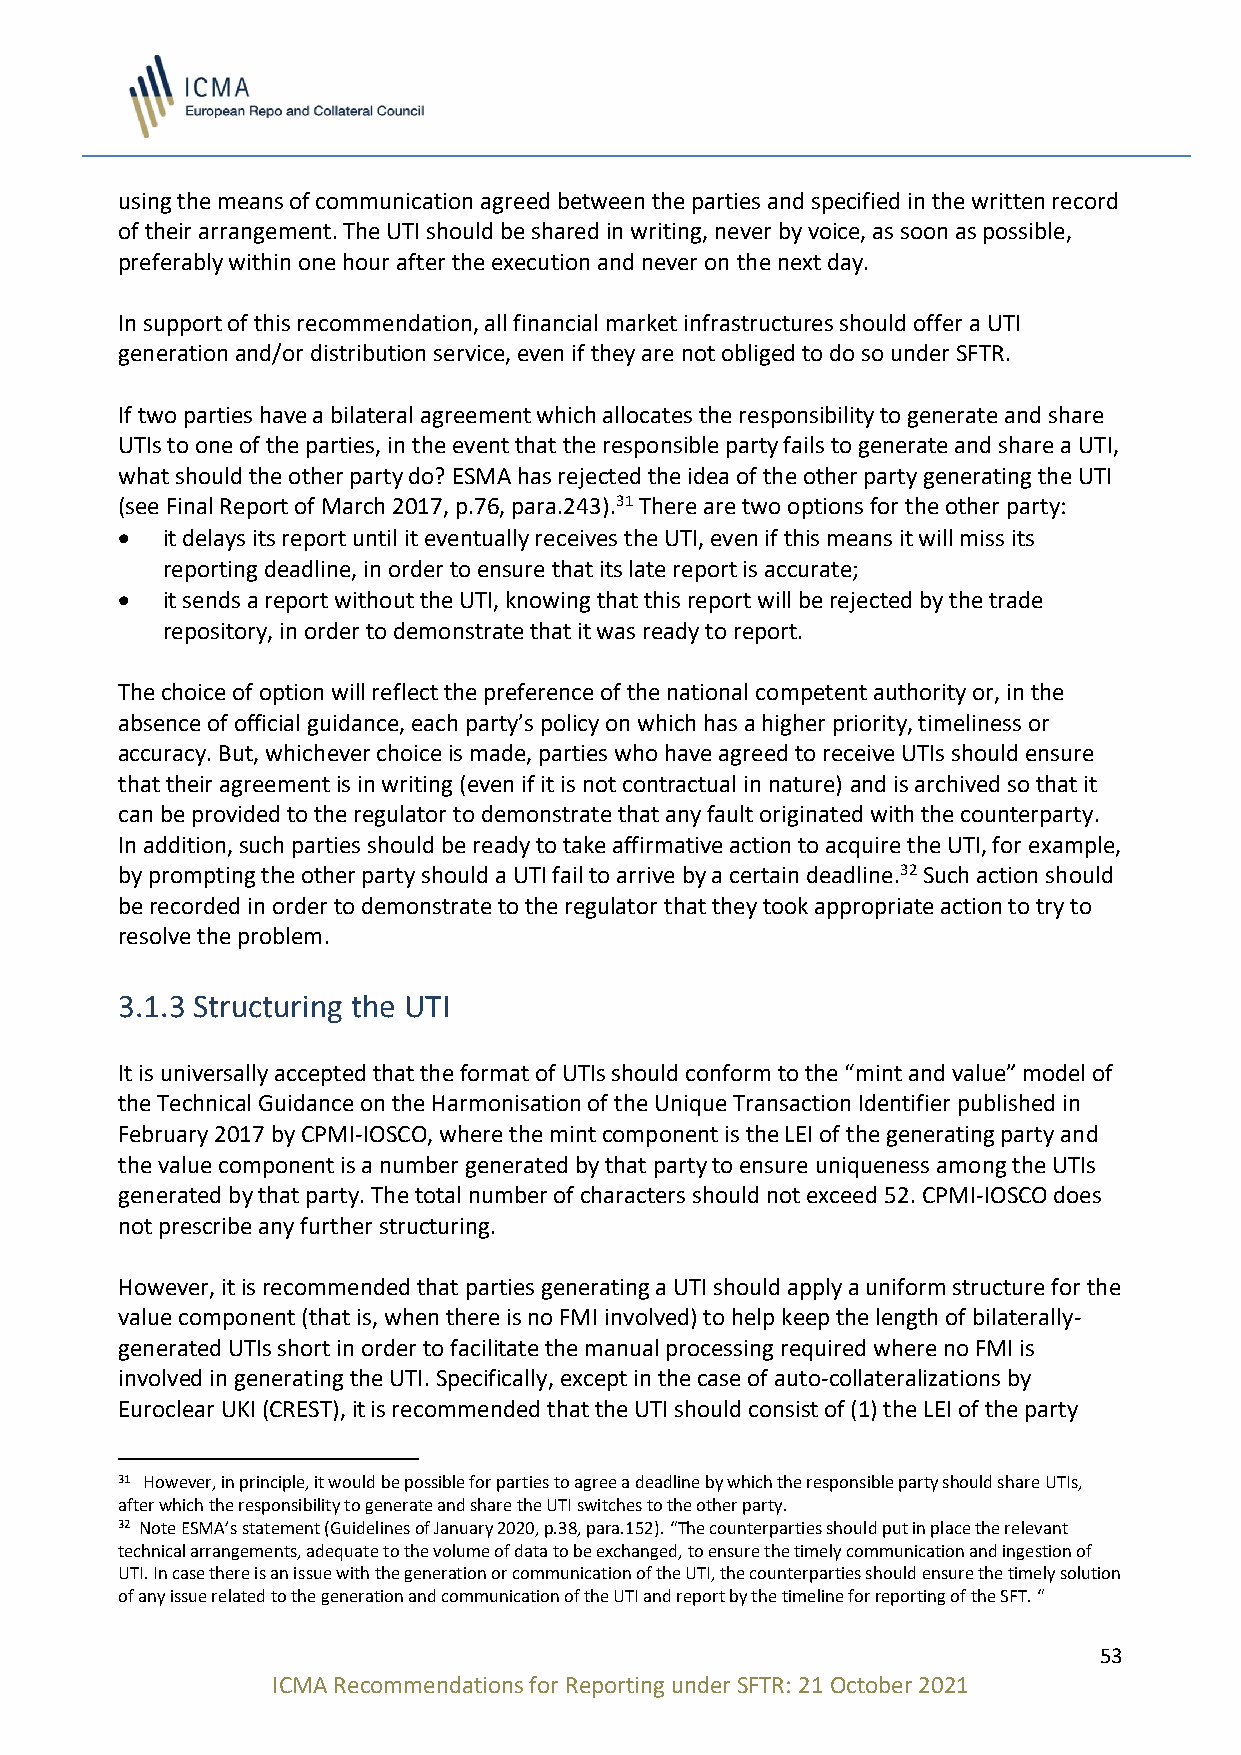
using the means of communication agreed between the parties and specified in the written record
 of their arrangement. The UTI should be shared in writing, never by voice, as soon as possible,
 preferably within one hour after the execution and never on the next day.
 In support of this recommendation, all financial market infrastructures should offer a UTI
 generation and/or distribution service, even if they are not obliged to do so under SFTR.
 If two parties have a bilateral agreement which allocates the responsibility to generate and share
 UTIs to one of the parties, in the event that the responsible party fails to generate and share a UTI,
 what should the other party do? ESMA has rejected the idea of the other party generating the UTI
 (see Final Report of March 2017, p.76, para.243).31 There are two options for the other party:
 •  it delays its report until it eventually receives the UTI, even if this means it will miss its
 reporting deadline, in order to ensure that its late report is accurate;
 •  it sends a report without the UTI, knowing that this report will be rejected by the trade
 repository, in order to demonstrate that it was ready to report.
 The choice of option will reflect the preference of the national competent authority or, in the
 absence of official guidance, each party’s policy on which has a higher priority, timeliness or
 accuracy. But, whichever choice is made, parties who have agreed to receive UTIs should ensure
 that their agreement is in writing (even if it is not contractual in nature) and is archived so that it
 can be provided to the regulator to demonstrate that any fault originated with the counterparty.
 In addition, such parties should be ready to take affirmative action to acquire the UTI, for example,
 by prompting the other party should a UTI fail to arrive by a certain deadline.32 Such action should
 be recorded in order to demonstrate to the regulator that they took appropriate action to try to
 resolve the problem.
 3.1.3 Structuring the UTI
 It is universally accepted that the format of UTIs should conform to the “mint and value” model of
 the Technical Guidance on the Harmonisation of the Unique Transaction Identifier published in
 February 2017 by CPMI-IOSCO, where the mint component is the LEI of the generating party and
 the value component is a number generated by that party to ensure uniqueness among the UTIs
 generated by that party. The total number of characters should not exceed 52. CPMI-IOSCO does
 not prescribe any further structuring.
 However, it is recommended that parties generating a UTI should apply a uniform structure for the
 value component (that is, when there is no FMI involved) to help keep the length of bilaterally-
 generated UTIs short in order to facilitate the manual processing required where no FMI is
 involved in generating the UTI. Specifically, except in the case of auto-collateralizations by
 Euroclear UKI (CREST), it is recommended that the UTI should consist of (1) the LEI of the party
 31 However, in principle, it would be possible for parties to agree a deadline by which the responsible party should share UTIs,
 after which the responsibility to generate and share the UTI switches to the other party.
 32 Note ESMA’s statement (Guidelines of January 2020, p.38, para.152). “The counterparties should put in place the relevant
 technical arrangements, adequate to the volume of data to be exchanged, to ensure the timely communication and ingestion of
 UTI. In case there is an issue with the generation or communication of the UTI, the counterparties should ensure the timely solution
 of any issue related to the generation and communication of the UTI and report by the timeline for reporting of the SFT. “
 53
 ICMA Recommendations for Reporting under SFTR: 21 October 2021